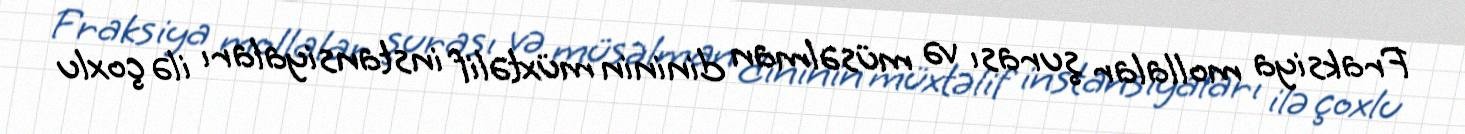
Fraksiya mollalar şurası və müsəlman dininin müxtəlif instansiyaları ilə çoxlu